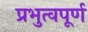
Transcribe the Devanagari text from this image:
प्रभुत्वपूर्ण